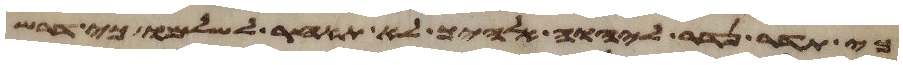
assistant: כי תדר נדר ליהוה אלהיך לא תאחר לשלמו כי דרש